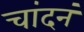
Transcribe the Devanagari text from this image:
चांदनं